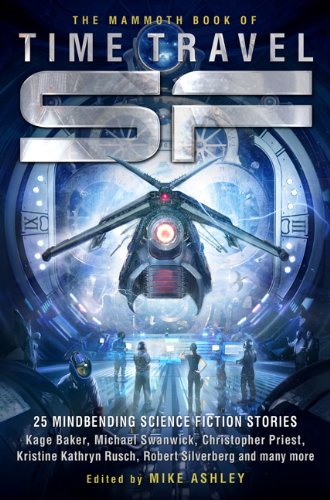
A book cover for The Mammoth Book of Time Travel SF; Science Fiction & Fantasy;